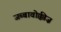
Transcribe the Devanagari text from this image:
जब्बावोक्कीज़